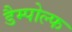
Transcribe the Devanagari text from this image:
डैम्पोल्फ